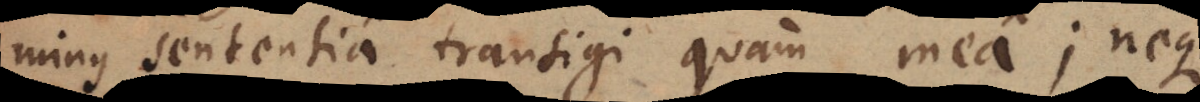
minus sententia transigi quam mea; neque